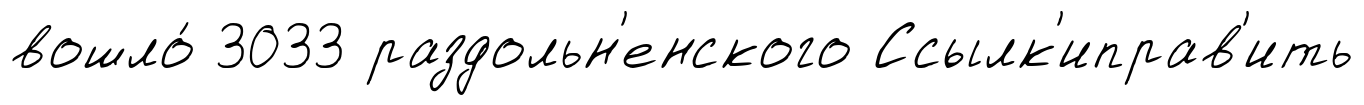
вошло́ 3033 раздольн'енского Ссылк'иправ'ить